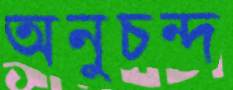
অনুচন্দ